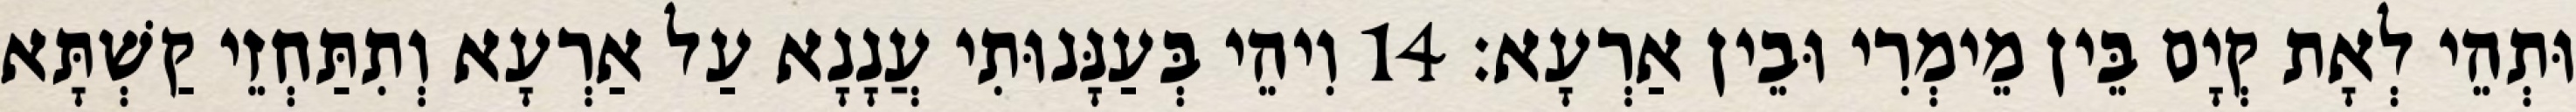
וּתְהֵי לְאָת קְיָם בֵּין מֵימְרִי וּבֵין אַרְעָא׃ 14 וִיהֵי בְּעַנָּנוּתִי עֲנָנָא עַל אַרְעָא וְתִתַּחְזֵי קַשְׁתָּא